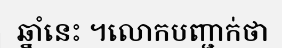
ឆ្នាំនេះ ។លោកបញ្ជាក់ថា